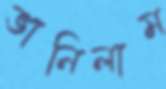
ভানিলাম